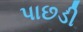
પાછડી